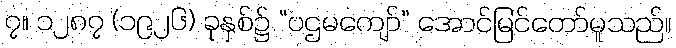
၇။ ၁၂၈၇ (၁၉၂၆) ခုနှစ်၌ “ပဌမကျော်” အောင်မြင်တော်မူသည်။